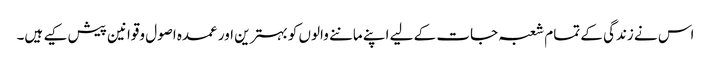
اس نے زندگی کے تمام شعبہ جات کے لیے اپنے ماننے والوں کو بہترین اور عمدہ اصول وقوانین پیش کیے ہیں۔